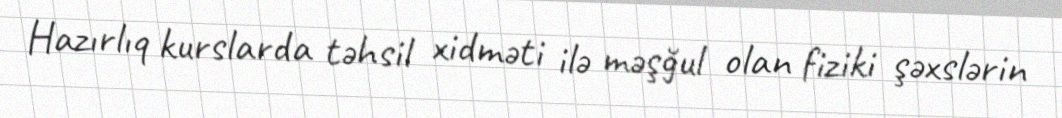
Hazırlıq kurslarda təhsil xidməti ilə məşğul olan fiziki şəxslərin